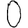
Digit: 0